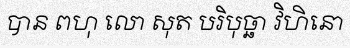
បាន ពហុ លោ សុត បរិបុច្ឆា វិហិនោ